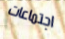
اجتماعات